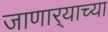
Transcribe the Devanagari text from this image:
जाणार्‍याच्या